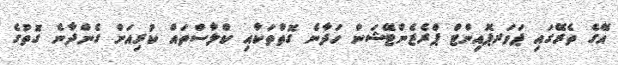
އޭގެ ތެރޭގައި ޕަވަރޕޮއިންޓް ޕްރެޒެންޓޭޝަން ހަދާނެ ގޮތްތަކާއި ކްލާސްތައް ކުރިއަށް ގެންދާނެ ގޮތުގެ